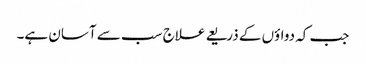
جب کہ دواؤں کے ذریعے علاج سب سے آسان ہے۔